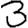
Digit: 3